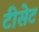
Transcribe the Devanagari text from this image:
टीसेट